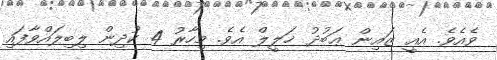
ވެއެވެ. އެއީ ޒައިން ޢަބުދު ޚަލީލް އެވެ. މިހާރު 4 ކުދިން ލިބިލައްވާފައި